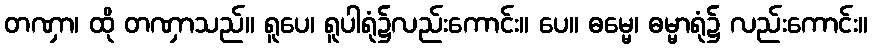
တဏှာ၊ ထို တဏှာသည်။ ရူပေ၊ ရူပါရုံ၌လည်းကောင်း။ ပေ။ ဓမ္မေ၊ ဓမ္မာရုံ၌ လည်းကောင်း။